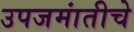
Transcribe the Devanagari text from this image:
उपजमांतीचे